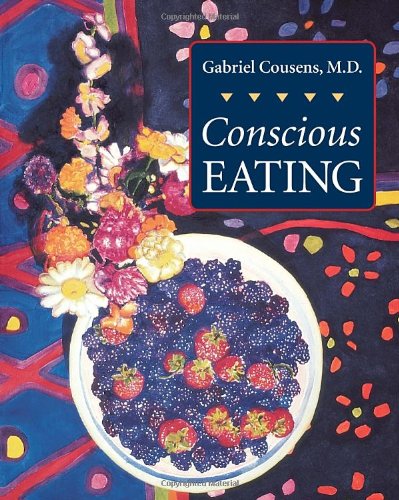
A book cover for Conscious Eating; Gabriel Cousens M.D.; Health, Fitness & Dieting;